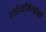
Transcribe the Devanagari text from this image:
गहिनीनाथांनी